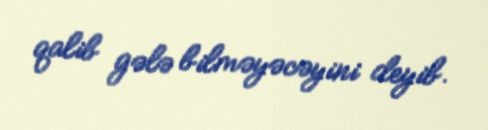
qalib gələ bilməyəcəyini deyib.